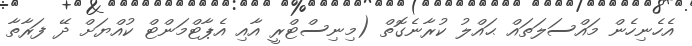
އެހެނިހެން މައްސަލަތައް ޙައްލު ކުރާނެގޮތް (މިނިސްޓްރީ އާއި އެޕާޓްމަންޓް ކުއްޔަށް ދޭ ފަރާތާ